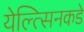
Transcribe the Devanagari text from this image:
येल्त्सिनकडे